Annual report of the Punjab Veterinary College and of the Civil Veterinary Department, Punjab - 1894-1908
Year: 1894
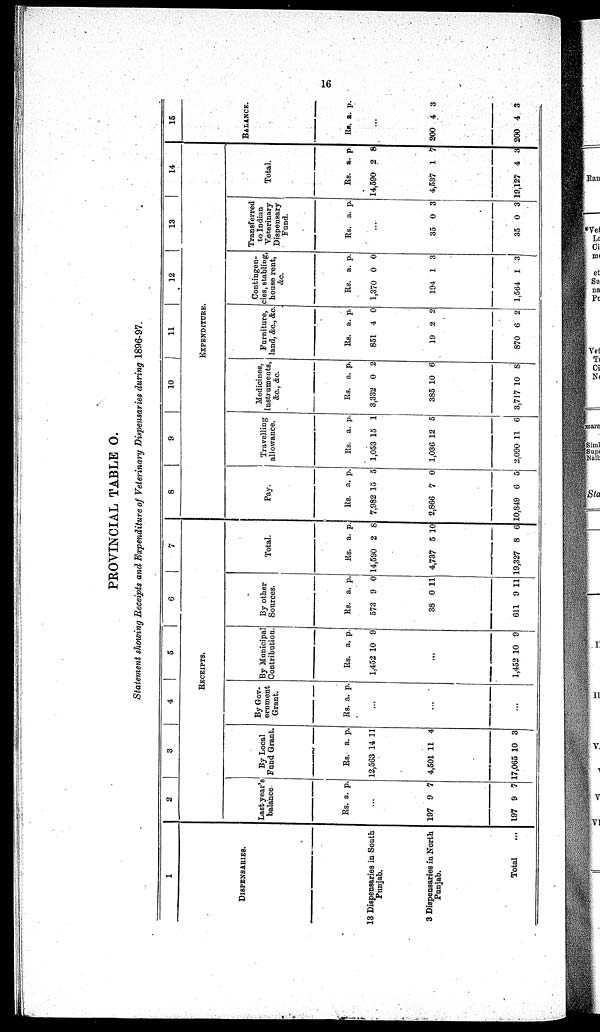
16
PROVINCIAL TABLE O.
Statement showing Receipts and Expenditure of Veterinary Dispensaries during 1896-97.
1
DISPENSARIES.
18 Dispensaries in South
Punjab.
3 Dispensaries in North
Punjab.
Total ...
2
3
4
5
6
7
RECEIPTS.
Last year's
balance.
Rs. a. p.
...
197
197
9
9
7
7
By Local
Fund Grant.
Rs.
12,563
4,501
17,065
a.
14
11
10
p.
11
4
3
By Gov¬
ernment
Grant.
Rs. a. p.
...
...
...
By Municipal
Contribution.
Rs.
1,452
a.
10
p.
9
...
1,452 10 9
By other
Sources.
Rs.
573
38
611
a.
9
0
9
p.
0
11
11
Total.
Rs.
14,590
4,737
19,327
a.
2
5 1
8
p.
8
0
6
8
9
10
11 12
13
14
EXPENDITURE.
Pay.
Rs.
7,982
2,866
10,849
a.
15
7
6
p.
5
0
5
Travelling
allowance.
Rs.
1,053
1,036
2,090
a.
15
12
11
p.
1
5
6
Medicines
Instruments
&c., &c.
Rs.
3,332
385
3,717
a.
0
10
10
p.
2
6
8
Furniture
land, &c.,&c.
Rs.
851
19
870
a.
4
2
6
p.
0
2
2
Contingen¬
cies, stabling,
house rent,
&c.
Rs.
1,370
194
1,564
a.
0
1
1
p.
0
3
3
Transferred
to Indian
Veterinary
Dispensary
Fund.
Rs. a. p.
...
35
35
0
0
3
3
Total.
Rs.
14,590
4,537
19,127
a.
2
1
4
p.
8
7
3
15
BALANCE.
Rs. a. p.
...
200
200
4
4
3
3